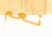
نعم